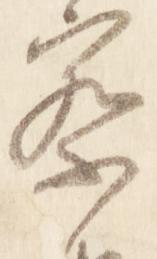
察